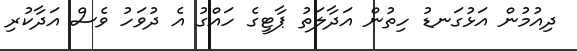
ދިއުމުން އަޅުގަނޑު ހިތުން އަދާލަތު ޕާޓީގެ ހައްގު އެ ދުވަހު ވެސް އަދާކުރި